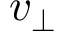
v _ { \perp }